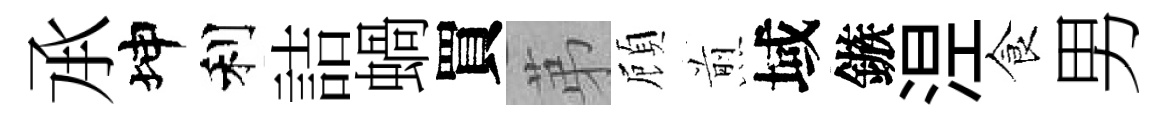
𠄘坤利詰蝸買苐頋煎域鏃𣵀食男